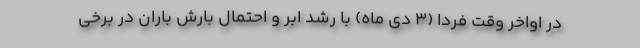
در اواخر وقت فردا (۳ دی ماه) با رشد ابر و احتمال بارش باران در برخی